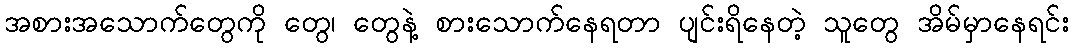
အစားအသောက်တွေကို တွေ၊ တွေနဲ့ စားသောက်နေရတာ ပျင်းရိနေတဲ့ သူတွေ အိမ်မှာနေရင်း